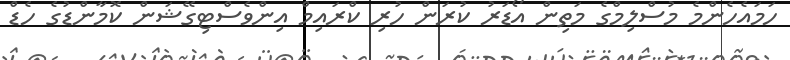
ހަމައެހެންމެ މުސްލިމްގެ މަތިން އޯޑަރު ކުރަން ހުރި ކްރައިމް އިންވެސްޓިގޭޝަން ކޮމާންޑުގެ ހެޑް